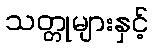
သတ္တုများနှင့်